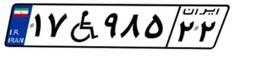
۱۷W۹۸۵۲۲